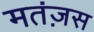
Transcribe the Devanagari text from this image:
मतंज़स